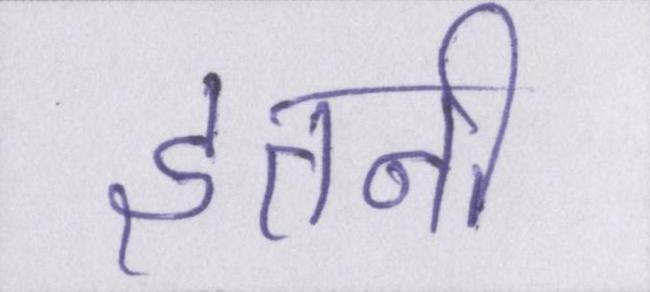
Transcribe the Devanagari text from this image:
इतनी